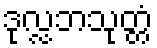
ဒုလ္လဘသုတ္တံ